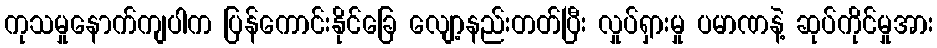
ကုသမှုနောက်ကျပါက ပြန်ကောင်းနိုင်ခြေ လျော့နည်းတတ်ပြီး လှုပ်ရှားမှု ပမာဏနဲ့ ဆုပ်ကိုင်မှုအား